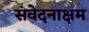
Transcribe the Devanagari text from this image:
संवेदनाक्षम